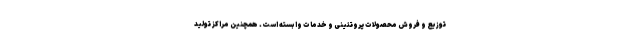
توزیع و فروش محصولات پروتئینی و خدمات وابسته است. همچنین مراکز تولید